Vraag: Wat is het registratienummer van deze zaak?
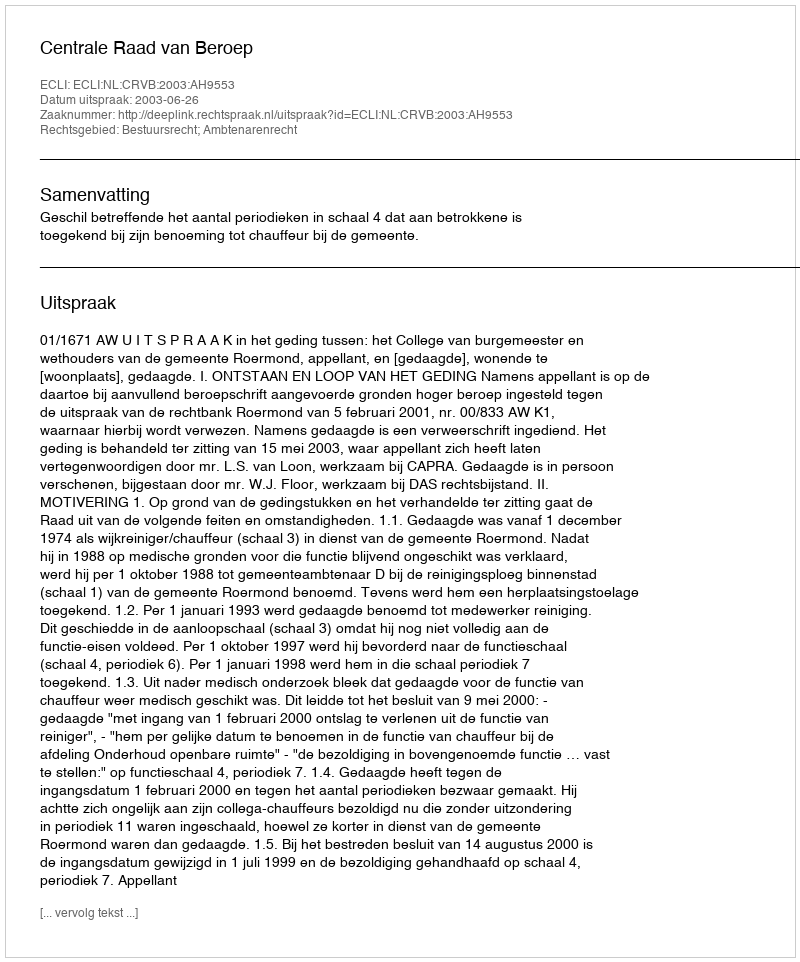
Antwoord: http://deeplink.rechtspraak.nl/uitspraak?id=ECLI:NL:CRVB:2003:AH9553